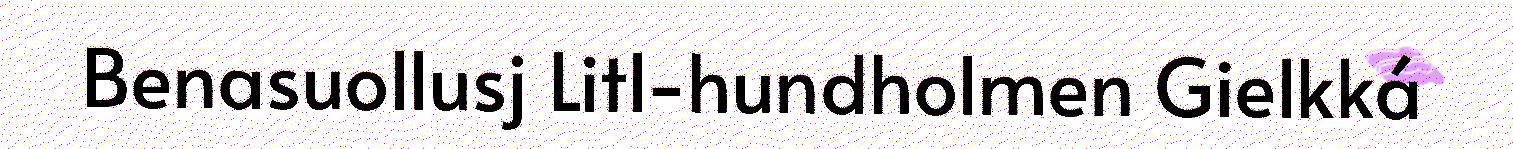
Benasuollusj Litl-hundholmen Gielkká